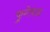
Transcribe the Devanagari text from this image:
फुगेचाळ